Indian journal of veterinary science and animal husbandry - Volumes 22-23, 1952-1953
Year: 1952
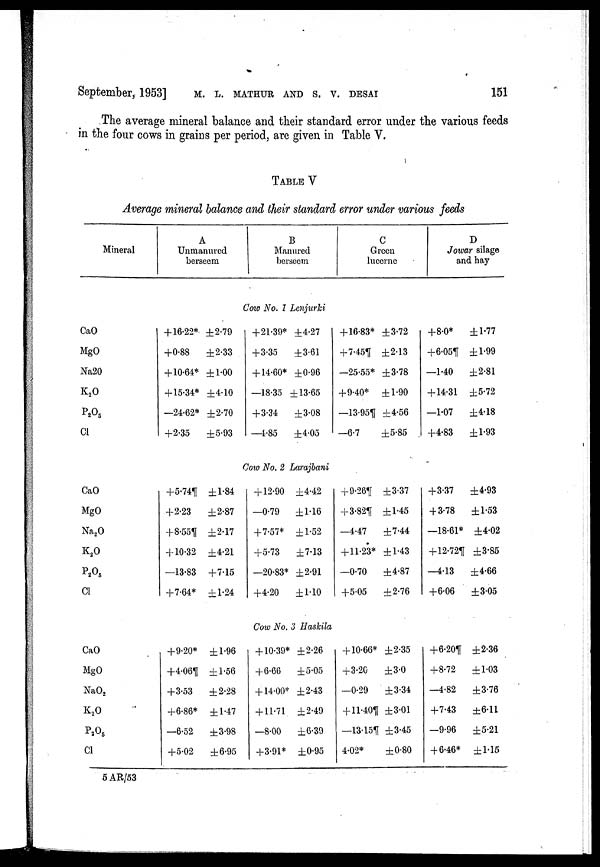
September, 1953] M. L. MATHUR AND S. V. DESAI 151
The average mineral balance and their standard error under the various feeds
in the four cows in grains per period, are given in Table V.
TABLE V
Average mineral balance and their standard error under various feeds
Mineral
CaO
MgO
Na20
K 2 O
P 2 O 5
Cl
CaO
MgO
Na 2 O
K 2 O
P 2 O 5
Cl
CaO
MgO
NaO 2
K 2 O
P 2 O 5
Cl
A
Unmanured
berseem
+16.22*
+0.88
+10.64*
+15.34*
—24.62*
+2.35
+5.74¶
+2.23
+8.55¶
+10.32
—13.83
+7.64*
+9.20*
+4.06¶
+3.53
+6.86*
—6.52
+5.02
B
Manured
berseem
Cow No. 1 Lenjurki
±2.79
±2.33
±1.00
±4.10
±2.70
±5.93
+21.39*
+3.35
+14.60*
—18.35
+3.34
—4.85
±4.27
±3.61
±0.96
±13.65
±3.08
±4.05
Cow No. 2 Larajbani
±1.84
±2.87
±2.17
±4.21
+7.15
±1.24
±1.96
±1.56
±2.28
±1.47
±3.98
±6.95
+12.90
—0.79
+7.57*
+5.73
—20.83*
+4.20
Cow No.
+10.39*
+6.66
+14.00*
+11.71
—8.00
+3.91*
±4.42
±1.16
±1.52
±7.13
±2.91
±1.10
3 Haskila
±2.26
±5.05
±2.43
±2.49
±6.39
±0.95
C
Green
lucerne
+16.83*
+7.45¶
—25.55*
+9.40*
—13.95¶
—6.7
+9.26¶
+3.82¶
—4.47
+11.23*
—0.70
+5.05
+10.66*
+3.20
—0.29
+11.40¶
—13.15¶
4.02*
±3.72
±2.13
±3.78
±1.90
±4.56
±5.85
±3.37
±1.45
±7.44
±1.43
±4.87
±2.76
±2.35
±3.0
±3.34
±3.01
±3.45
±0.80
D
Jowar silage
and hay
+8.0*
+6.05¶
—1.40
+14.31
—1.07
+4.83
+3.37
+3.78
—18.61*
+12.72¶
—4.13
+6.06
+6.20¶
+8.72
—4.82
+7.43
—9.96
+6.46*
±1.77
±1.99
±2.81
±5.72
±4.18
±1.93
±4.93
±1.53
±4.02
±3.85
±4.66
±3.05
±2.36
±1.03
±3.76
±6.11
±5.21
±1.15
5 AR/53